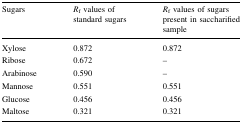
<table><thead><tr><td><b>Sugars</b></td><td><b><i>R</i><sub>f</sub> values of standard sugars</b></td><td><b><i>R</i><sub>f</sub> values of sugars present in saccharifiedsample</b></td></tr></thead><tbody><tr><td>Xylose</td><td>0.872</td><td>0.872</td></tr><tr><td>Ribose</td><td>0.672</td><td>–</td></tr><tr><td>Arabinose</td><td>0.590</td><td>–</td></tr><tr><td>Mannose</td><td>0.551</td><td>0.551</td></tr><tr><td>Glucose</td><td>0.456</td><td>0.456</td></tr><tr><td>Maltose</td><td>0.321</td><td>0.321</td></tr></tbody></table>